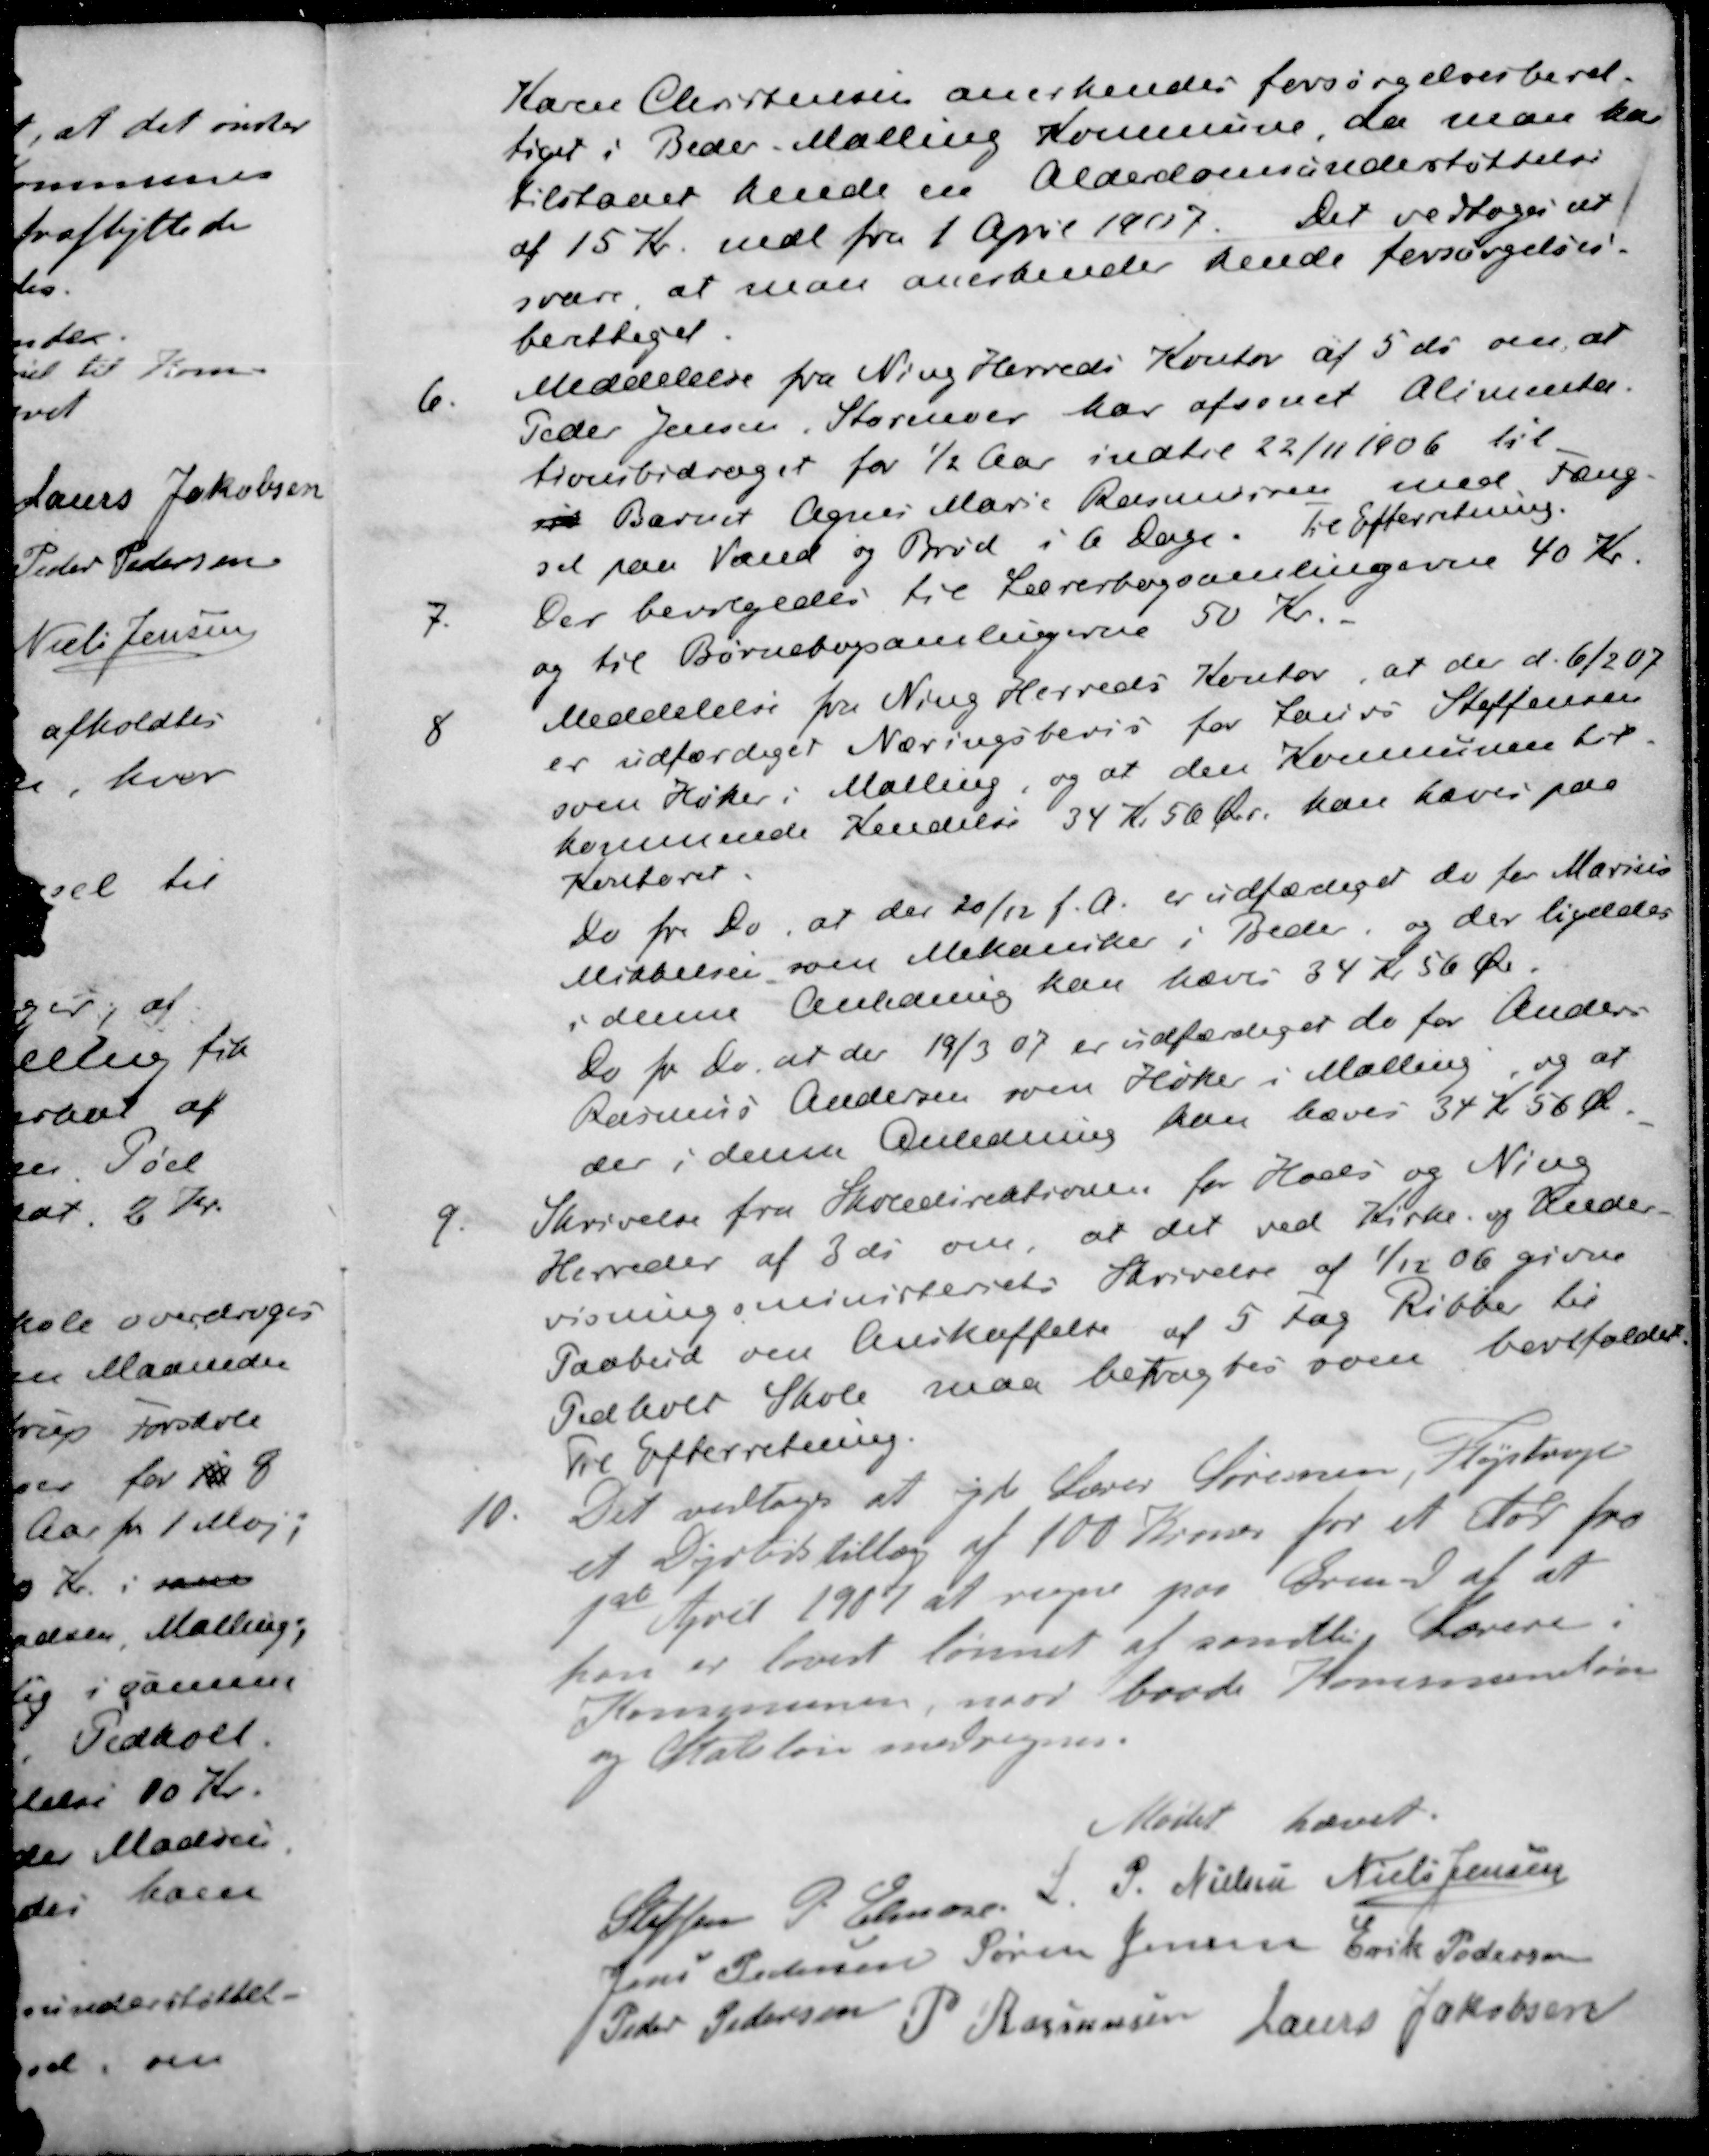
Transskription:
Karen Christensen anerkendes forsørgelsesberet-
tiget i Beder Malling Kommune da man har
tilstaaet hende en Alderdomsundestøttelse
af 15 Kr. mdl fra 1 April 19017. Det vedtoges at
svare at man anerkende hende forsørgelses-
berettiget
6. Meddelelse fra Ning Herreds Kontor af 5 ds om, at
Peder Jensen, Storenor har afsonet Alimenta-
tionsbidraget for ½ Aar indtil 22/11 1906 til
si Barnet Agnes Marie Rasmussen med Fæng-
sel paa Vand og Brød i 6 Dage. Til Efterretning.
7. Der bevilgedes til Lærerbogsamlingerne 40 Kr.
og til Børnebogsamlingerne 50 Kr
8. Meddelelse fra Ning Herreds Kontor, at der d. 6/2 07
er udfærdiget Næringsbevis for Laurs Steffensen
som Høker i Malling, og at den Kommunen til-
kommende Kendelse 34 Kr 50 Øre kan hæves paa
Kontoret
Do fra Do, at der 20/12 f. A. er udfærdiger de for Marius
Mikkelsen som Mekaniker i Beder, og der ligeldes
i denne Anledning kan hæves 34 Kr 56 Øre.
Do pr. do, at der 19/3 07 er udfærdiget de for Anders
Rasmus Andersen som Høker i Malling, og at
der i denne Anledning kan hæves 34 Kr 56 Øre
9. Skrivelse fra Skoledirektionen for Hads og Ning
Herreder af 3 ds om, at det ved Kirke og Under-
visningsministeriets Skrivelse af 1/12 06 givne
Paabud om Anskaffelse af 5 Fag Ribber til
Pedholt Skole maa betragtes som bortfaldet
Til Efterretning.
10. Det vedtoges at yde Lærer Sørensen, Fløjstrup
et Dyrtidstillæg af 100 Kroner for et Aar fra
1ste April 1907 at regne paa Grund af at
han er lavest lønnet af samtlig Lærere.
Kommunen, naar baade Kommuneløn
og Statsløn medregnes.
Mødet hævet.
Steffen P Elmose
S P Nielsen
Niels Jensen
Jens Pedersen
Søren Jensen
Erik Pedersen
Peder Pedersen
P Rasmussen
Laurs Jakobsen